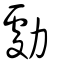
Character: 勮